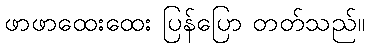
ဖာဖာထေးထေး ပြန်ပြော တတ်သည်။